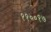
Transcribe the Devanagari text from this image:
११००१७